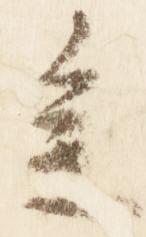
参